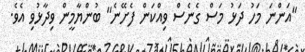
"އަންނަ މަހު ދަޅު މަސް ގެނެސް ވިއްކަން ފެށޭނެ" ބުންޔާމީން ވިދާޅުވި އެވެ.